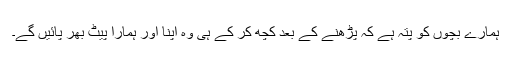
ہمارے بچوں کو پتہ ہے کہ پڑھنے کے بعد کچھ کر کے ہی وہ اپنا اور ہمارا پیٹ بھر پائیں گے۔